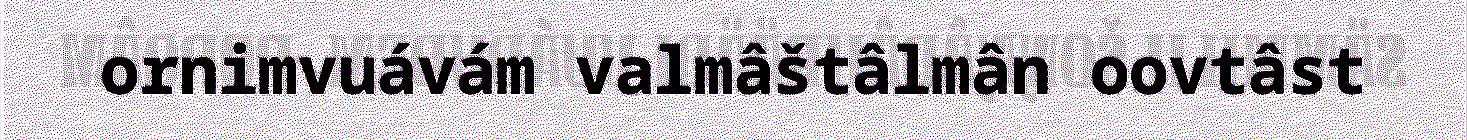
ornimvuávám valmâštâlmân oovtâst